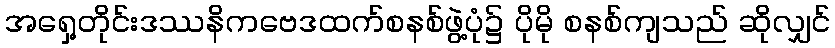
အရှေ့တိုင်းဒဿနိကဗေဒထက်စနစ်ဖွဲ့ပုံ၌ ပိုမို စနစ်ကျသည် ဆိုလျှင်